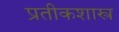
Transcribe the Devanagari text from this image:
प्रतीकशास्त्र